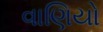
વાણિયો